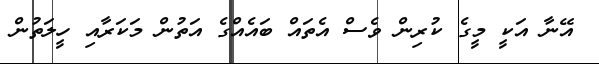
އޭނާ އަކީ މީގެ ކުރިން ވެސް އެތައް ބައެއްގެ އަތުން މަކަރާއި ހީލަތުން